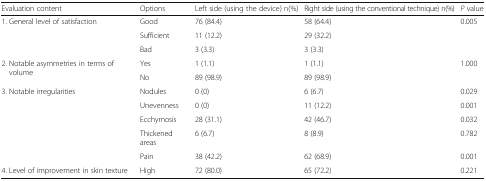
<table><thead><tr><td><b>Evaluation content</b></td><td><b>Options</b></td><td><b>Left side (using the device) n(%)</b></td><td><b>Right side (using the conventional technique) n(%)</b></td><td><b><i>P</i> value</b></td></tr></thead><tbody><tr><td rowspan="3">1. General level of satisfaction</td><td>Good</td><td>76 (84.4)</td><td>58 (64.4)</td><td rowspan="3">0.005</td></tr><tr><td>Sufficient</td><td>11 (12.2)</td><td>29 (32.2)</td></tr><tr><td>Bad</td><td>3 (3.3)</td><td>3 (3.3)</td></tr><tr><td rowspan="2">2. Notable asymmetries in terms of volume</td><td>Yes</td><td>1 (1.1)</td><td>1 (1.1)</td><td rowspan="2">1.000</td></tr><tr><td>No</td><td>89 (98.9)</td><td>89 (98.9)</td></tr><tr><td rowspan="5">3. Notable irregularities</td><td>Nodules</td><td>0 (0)</td><td>6 (6.7)</td><td>0.029</td></tr><tr><td>Unevenness</td><td>0 (0)</td><td>11 (12.2)</td><td>0.001</td></tr><tr><td>Ecchymosis</td><td>28 (31.1)</td><td>42 (46.7)</td><td>0.032</td></tr><tr><td>Thickened areas</td><td>6 (6.7)</td><td>8 (8.9)</td><td>0.782</td></tr><tr><td>Pain</td><td>38 (42.2)</td><td>62 (68.9)</td><td>0.001</td></tr><tr><td>4. Level of improvement in skin texture</td><td>High</td><td>72 (80.0)</td><td>65 (72.2)</td><td>0.221</td></tr></tbody></table>